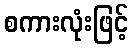
စကားလုံးဖြင့်